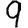
Digit: 9